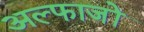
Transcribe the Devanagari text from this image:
अल्फाजों